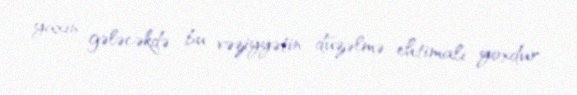
yaxın gələcəkdə bu vəziyyətin düzəlmə ehtimalı yoxdur.